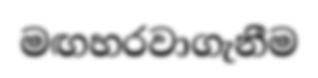
මඟහරවාගැනීම